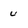
Character: u